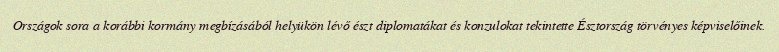
Országok sora a korábbi kormány megbízásából helyükön lévő észt diplomatákat és konzulokat tekintette Észtország törvényes képviselőinek.